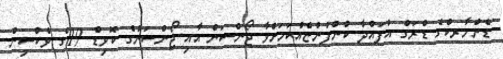
ޑެންމާރކްގެ ޑްރަގް އުފައްދާ ކުންފުންޏެއްކަމަށްވާ ޖޯންސަން އާއި ޖޯންސަންގެ ކޮވިޑް 19ގެ ވެކްސިން